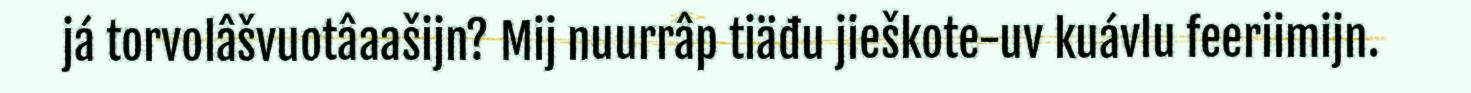
já torvolâšvuotâaašijn? Mij nuurrâp tiäđu jieškote-uv kuávlu feeriimijn.